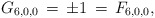
\begin{align*}G_{6,0,0}\,=\,\pm1\,=\,F_{6,0,0},\end{align*}